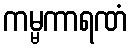
ကမ္မကာရဏံ